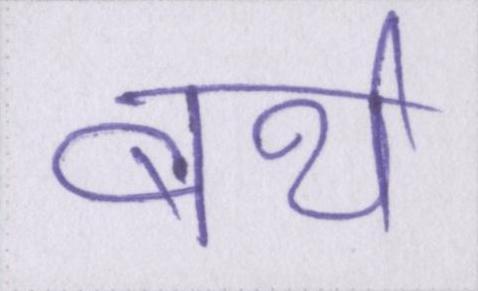
बर्थ